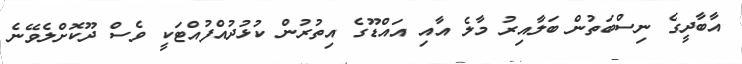
އާބާދީގެ ނިސްބަތުން ބަލާއިރު މާލެ އާއި އައްޑޫގެ އިތުރުން ކުޅުދުއްފުއްޓަކީ ވެސް ދޫކޮށްލެވޭނެ